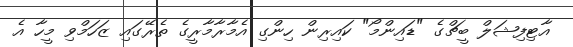
އާޓިފިޝަލް ބީޗްގެ "ޑައިންމޯ" ކައިރިން ހިންގި އެމާރާމާރީގެ ތެރޭގައި ޒަހަމްވި މީހާ އެ